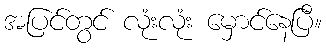
အပြင်တွင် လုံးလုံး မှောင်နေပြီ။